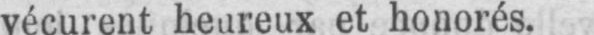
et honorés.